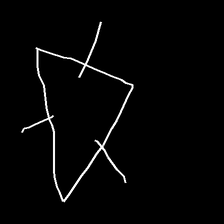
Glyph: fire